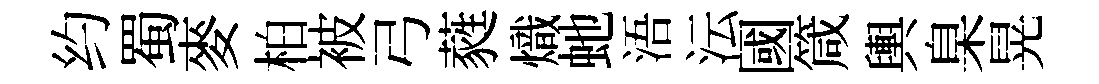
约蜀麥柏被弓蕤熾虵浯沄國箴輿臬晃